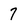
Character: 7